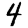
Digit: 4